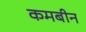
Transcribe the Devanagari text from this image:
कमबीन